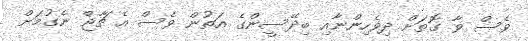
ވެސް ވާ ގޮތަށް ދިވެހިންނާއި ބިދޭސީންގެ އަތުން ވެސް އެ ޗާޖް ނެގުމަށް